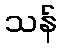
သန်